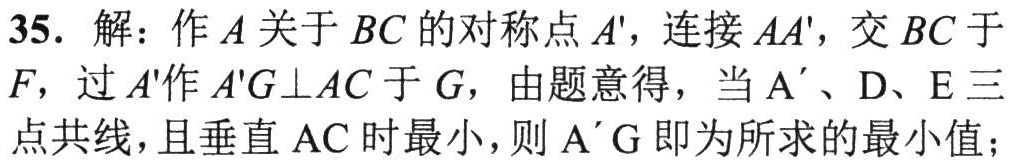
35. 解：作\(A\)关于\(BC\)的对称点\(A'\)，连接\(AA'\)，交\(BC\)于\(F\)，过\(A'\)作\(A'G\perp AC\)于\(G\)，由题意得，当\(A'\)、\(D\)、\(E\)三点共线，且垂直\(AC\)时最小，则\(A'G\)即为所求的最小值；